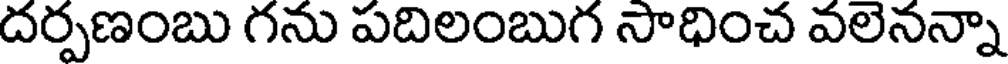
దర్పణంబు గను పదిలంబుగ సాధించ వలెనన్నా